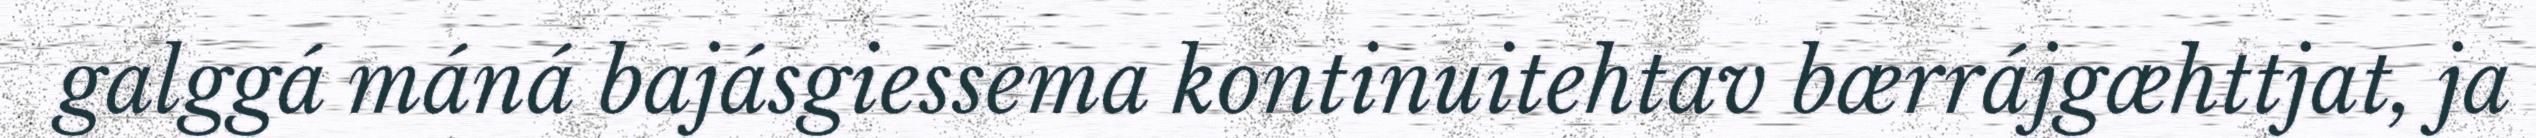
galggá máná bajásgiessema kontinuitehtav bærrájgæhttjat, ja